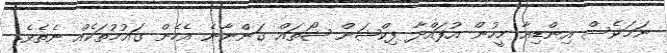
ނަމަވެސް އިންޑިއާ މީހުން އުފައްދާ ފިކްޝަން ޝޯތައް ގަންނާނެ އެހެން ގައުމުތަކެއް ނެތެވެ.